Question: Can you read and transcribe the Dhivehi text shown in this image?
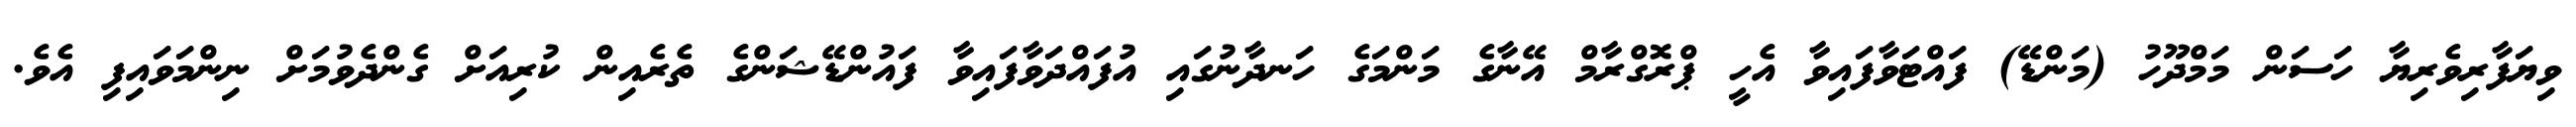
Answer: ވިޔަފާރިވެރިޔާ ހަސަން މަމްދޫހު (މަންޑޭ) ފައްޓަވާފައިވާ އެހީ ޕްރޮގްރާމް އޭނާގެ މަންމަގެ ހަނދާނުގައި އުފައްދަވާފައިވާ ފައުންޑޭޝަންގެ ތެރެއިން ކުރިއަށް ގެންދެވުމަށް ނިންމަވައިފި އެވެ.